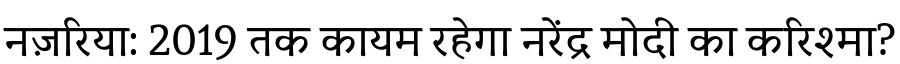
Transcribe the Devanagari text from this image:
नज़रिया: 2019 तक कायम रहेगा नरेंद्र मोदी का करिश्मा?